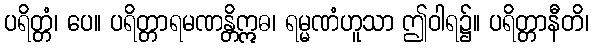
ပရိတ္တံ၊ ပေ။ ပရိတ္တာရမဏန္တိဣဓ၊ ရမ္မဏံဟူသာ ဤဝါရ၌။ ပရိတ္တာနီတိ၊